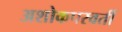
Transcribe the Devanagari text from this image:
अशोकपरवर्ती